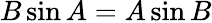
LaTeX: B\sin A=A\sin B